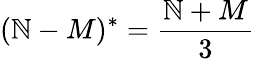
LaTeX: (\mathbb{N}-M)^{*}=\frac{{\mathbb{N}+M}}{{3}}